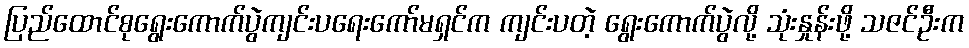
ပြည်ထောင်စုရွေးကောက်ပွဲကျင်းပရေးကော်မရှင်က ကျင်းပတဲ့ ရွေးကောက်ပွဲလို့ သုံးနှုန်းဖို့ သဇင်ဦးက